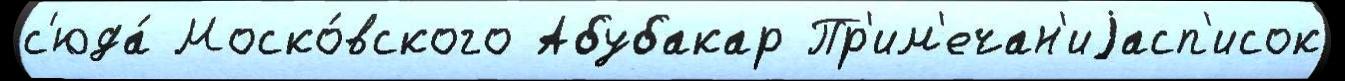
с'юда́ Моско́вского Абубакар Пр'им'ечан'иjасп'исок